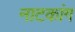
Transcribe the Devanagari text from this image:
नाटकांग